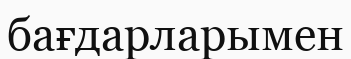
бағдарларымен